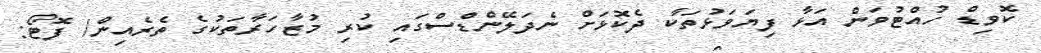
ކޮވިޑް ހުއްޓުވަން އަޅާ ފިޔަވަޅުތަކާ ދެކޮޅަށް ނެދަލޭންޑްސްގައި ކުރި މުޒާހަރާތަކުގެ ތެރެއިން/ ފޮޓޯ: